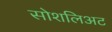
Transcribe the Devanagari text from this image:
सोशलिअट